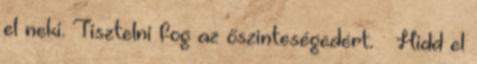
el neki. Tisztelni fog az őszinteségedért. – Hidd el